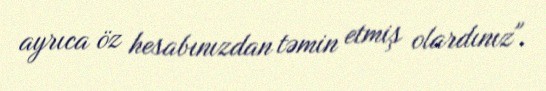
ayrıca öz hesabınızdan təmin etmiş olardınız".